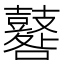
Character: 鼛